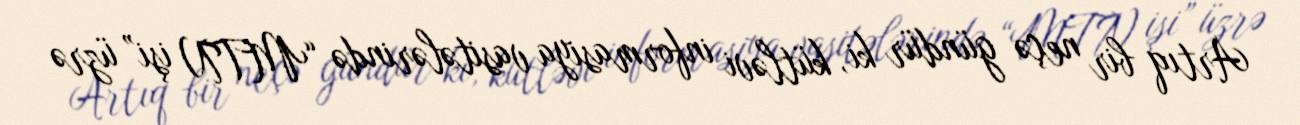
Artıq bir neçə gündür ki, kütləvi informasiya vasitələrində “MTN işi” üzrə